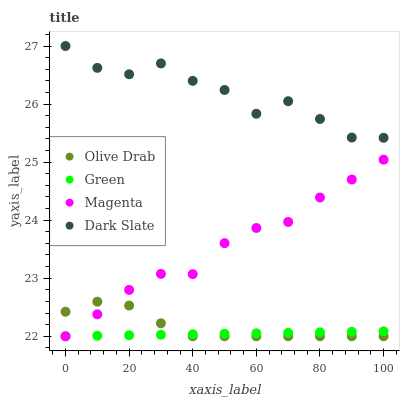
| xaxis_label | Olive Drab | Green | Magenta | Dark Slate |
 | --- | --- | --- | --- | --- |
 | 0 | 22.4 | 22 | 22 | 27 |
 | 10 | 22.6 | 22 | 22.4 | 26.6 |
 | 20 | 22.5 | 22 | 22.8 | 26.5 |
 | 30 | 22.2 | 22 | 23.1 | 26.7 |
 | 40 | 22 | 22 | 23.1 | 26.4 |
 | 50 | 22 | 22 | 23.6 | 26.2 |
 | 60 | 22 | 22.1 | 23.9 | 25.8 |
 | 70 | 22 | 22.1 | 24 | 26 |
 | 80 | 22 | 22.1 | 24.4 | 25.7 |
 | 90 | 22 | 22.1 | 24.7 | 25.4 |
 | 100 | 22 | 22.1 | 25 | 25.4 |